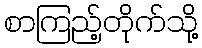
စာကြည့်တိုက်သို့